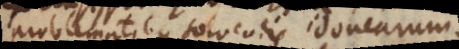
problematibus solvendis idonearum